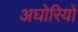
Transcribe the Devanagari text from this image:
अघोरियों